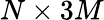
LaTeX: N\times 3M